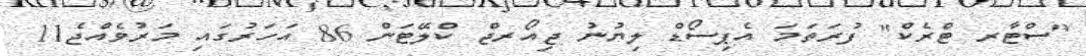
"ސްޓާރ ޓްރެކް" ފުރަތަމަ އެޕިސޯޑް ލިޔުނު ޖިއޯރޖް ކްލޭޓަން 86 އަހަރުގައި މަރުވެއްޖެ11